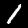
Label: 1